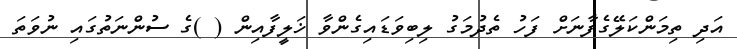
އަދި ތިމަންކަލޭގެފާނަށް ފަހު ތެދުމަގު ލިބިވަޑައިގެންވާ ޚަލީފާއިން ( )ގެ ސުންނަތުގައި ނުވަތަ